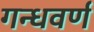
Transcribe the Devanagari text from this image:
गन्धवर्ण